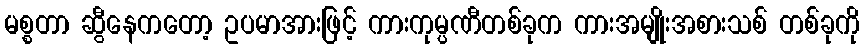
မစ္စတာ ဆွီနေကတော့ ဥပမာအားဖြင့် ကားကုမ္ပဏီတစ်ခုက ကားအမျိုးအစားသစ် တစ်ခုကို